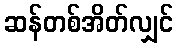
ဆန်တစ်အိတ်လျှင်